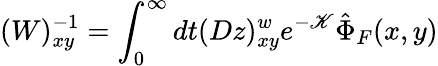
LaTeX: (W)_{xy}^{-1}=\int_{0}^{\infty}dt(Dz)_{xy}^{w}e^{-\mathscr{K}}\hat{{\Phi}}_{F}(x,y)